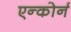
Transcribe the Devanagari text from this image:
एन्कोर्न